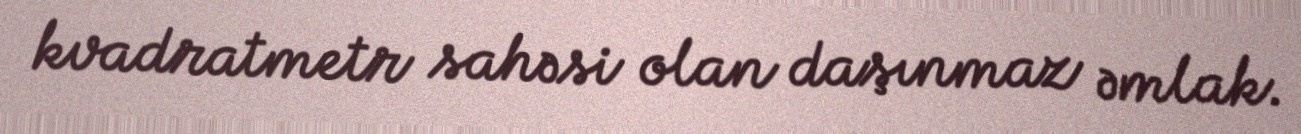
kvadratmetr sahəsi olan daşınmaz əmlak.